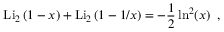
\mathrm { L i } _ { 2 } \, ( 1 - x ) + \mathrm { L i } _ { 2 } \, ( 1 - 1 / x ) = - \frac 1 2 \ln ^ { 2 } ( x ) \; \; ,